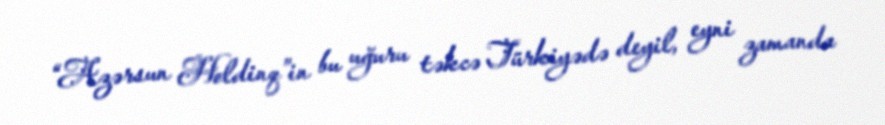
“Azərsun Holdinq”in bu uğuru təkcə Türkiyədə deyil, eyni zamanda